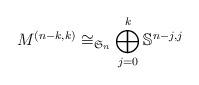
LaTeX: \begin{align*}M^{(n-k,k)} \cong_{\mathfrak{S}_{n}} \bigoplus_{j=0}^{k} \mathbb{S}^{n-j, j}\end{align*}